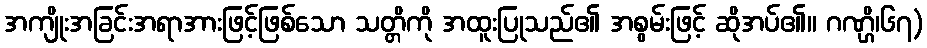
အကျိုးအခြင်းအရာအားဖြင့်ဖြစ်သော သတ္တိကို အထူးပြုသည်၏ အစွမ်းဖြင့် ဆိုအပ်၏။ ဂဏ္ဌိ၊၆၇)